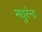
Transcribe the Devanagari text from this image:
मधुरेन्द्र